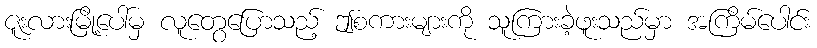
ဇူးလားမြို့ပေါ်မှ လူတွေပြောသည့် ဤစကားများကို သူကြားခဲ့ဖူးသည်မှာ အကြိမ်ပေါင်း